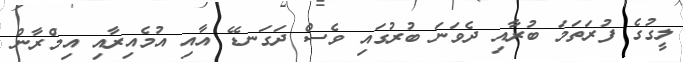
ލީގުގެ ފުރަތަމަ ބުރާއި ދެވަނަ ބުރުގައި ވެސް ދަގަނޑޭ އާއި އުމެއިރާއި އިމްރާން